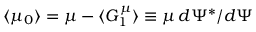
\langle \mu _ { 0 } \rangle = \mu - \langle G _ { 1 } ^ { \mu } \rangle \equiv \mu \, d \Psi ^ { * } / d \Psi